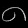
Digit: ၈